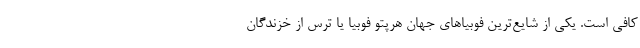
کافی است. یکی از شایع‌ترین فوبیاهای جهان هرپتو فوبیا یا ترس از خزندگان